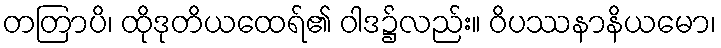
တတြာပိ၊ ထိုဒုတိယထေရ်၏ ဝါဒ၌လည်း။ ဝိပဿနာနိယမော၊